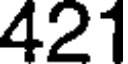
421